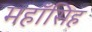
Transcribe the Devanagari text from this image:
महाँसिह